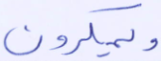
ويمكرون